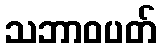
သဘာဝပတ်